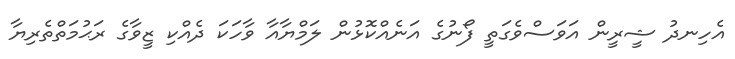
އެހިނދު ޝީރީން އަވަސްވެގަތީ ފޯނުގެ އަނެއްކޮޅުން ލަމްޔާއާ ވާހަކަ ދެއްކި ޒީވާގެ ރަޙުމަތްތެރިޔާ